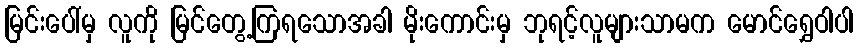
မြင်းပေါ်မှ လူကို မြင်တွေ့ကြရသောအခါ မိုးကောင်းမှ ဘုရင့်လူများသာမက မောင်ရွှေဝါပါ